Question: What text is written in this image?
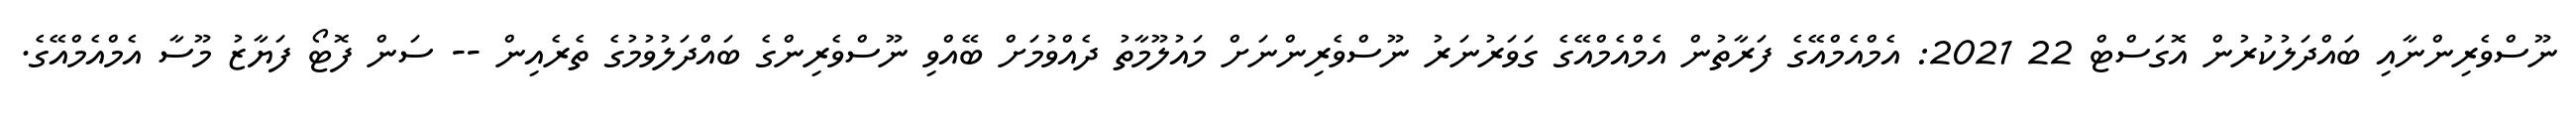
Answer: ނޫސްވެރިންނާއި ބައްދަލުކުރުން އޮގަސްޓް 22 2021: އެމްއެމްއޭގެ ފަރާތުން އެމްއެމްއޭގެ ގަވަރުނަރު ނޫސްވެރިންނަށް މައުލޫމާތު ދެއްވުމަށް ބޭއްވި ނޫސްވެރިންގެ ބައްދަލުވުމުގެ ތެރެއިން -- ސަން ފޮޓޯ ފަޔާޒު މޫސާ އެމްއެމްއޭގެ.